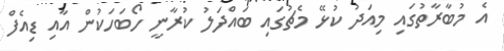
އެ މުބާރާތުގައި މިއަދު ކުޅޭ މެޗުގައި ބައްދަލު ކުރާނީ ހޯބަހަކުން އާއި ޑިއެފް